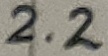
Text: 2.2